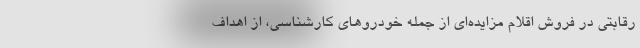
رقابتی در فروش اقلام مزایده‌ای از جمله خودروهای کارشناسی، از اهداف